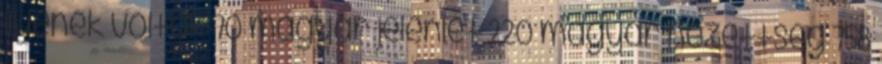
ilyenek voltak 70 magyar jelenlét 220 magyar nézettség 758